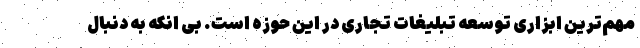
مهم‌ترین ابزاری توسعه تبلیغات تجاری در این حوزه است. بی انکه به دنبال